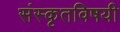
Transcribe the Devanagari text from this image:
संस्कृतविषयी